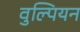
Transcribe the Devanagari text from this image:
वुल्पियन